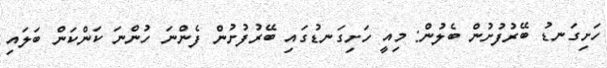
ހަށިގަނޑު ބޭރުފުށުން ބެލުން: މިއީ ހަށިގަނޑުގައި ބޭރުފުށުން ފެންނަ ހުންނަ ކަންކަން ބަލައި